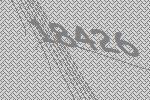
18426